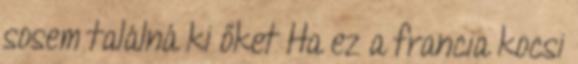
sosem találná ki őket Ha ez a francia kocsi